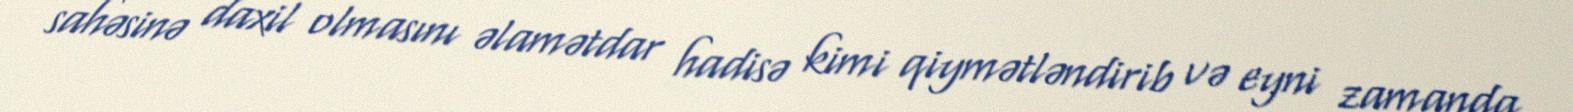
sahəsinə daxil olmasını əlamətdar hadisə kimi qiymətləndirib və eyni zamanda,